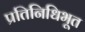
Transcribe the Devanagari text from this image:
प्रतिनिधिभूत